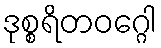
ဒုစ္စရိတဝဂ္ဂေါ